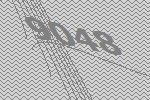
9048